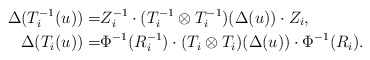
\begin{align*}\Delta(T_i^{-1}(u))=&Z_i^{-1}\cdot(T_i^{-1}\otimes T_i^{-1})(\Delta(u))\cdot Z_i,\\\Delta(T_i(u))=&\Phi^{-1}(R_i^{-1})\cdot(T_i\otimes T_i)(\Delta(u))\cdot \Phi^{-1}(R_i).\end{align*}